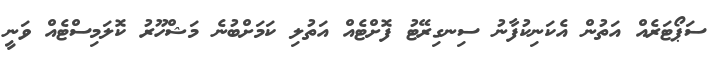
ސަޕޯޓަރެއް އަތުން އެކަނިކުފާނު ސިނގިރޭޓު ފޮށްޓެއް އަތުލި ކަމަށްބުނެ މަޝްހޫރު ކޮލަމިސްޓެއް ވަނީ